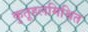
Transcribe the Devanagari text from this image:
कुतूहलमिश्रित